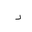
Letter: _dal